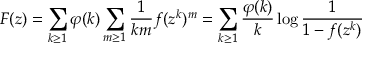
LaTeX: F ( z ) = \sum _ { k \geq 1 } \varphi ( k ) \sum _ { m \geq 1 } { \frac { 1 } { k m } } f ( z ^ { k } ) ^ { m } = \sum _ { k \geq 1 } { \frac { \varphi ( k ) } { k } } \log { \frac { 1 } { 1 - f ( z ^ { k } ) } }